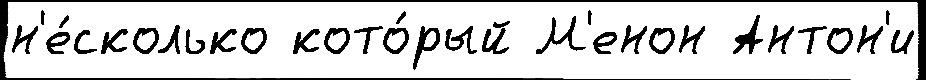
н'е́сколько кото́рый М'енон Антон'и